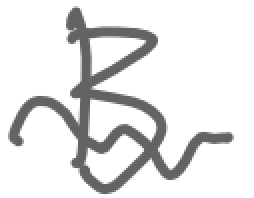
Text: B
Cross-out: wave
Writing tool: digital_gray